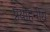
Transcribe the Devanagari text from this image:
प्रयोहनीय